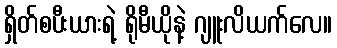
ရှိတ်စပီးယားရဲ့ ရိုမီယိုနဲ့ ဂျူးလိယက်လေ။